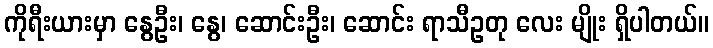
ကိုရီးယားမှာ နွေဦး၊ နွေ၊ ဆောင်းဦး၊ ဆောင်း ရာသီဥတု လေး မျိုး ရှိပါတယ်။